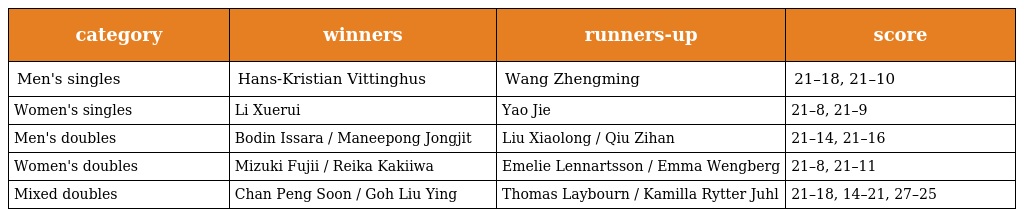
| category | winners | runners-up | score |
 | --- | --- | --- | --- |
 | Men's singles | Hans-Kristian Vittinghus | Wang Zhengming | 21–18, 21–10 |
 | Women's singles | Li Xuerui | Yao Jie | 21–8, 21–9 |
 | Men's doubles | Bodin Issara / Maneepong Jongjit | Liu Xiaolong / Qiu Zihan | 21–14, 21–16 |
 | Women's doubles | Mizuki Fujii / Reika Kakiiwa | Emelie Lennartsson / Emma Wengberg | 21–8, 21–11 |
 | Mixed doubles | Chan Peng Soon / Goh Liu Ying | Thomas Laybourn / Kamilla Rytter Juhl | 21–18, 14–21, 27–25 |